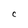
Character: C